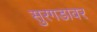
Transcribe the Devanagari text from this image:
सुरगडावर